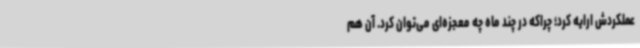
عملکردش ارایه کرد؛ چراکه در چند ماه چه معجزه‌ای می‌توان کرد. آن هم